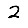
Digit: 2